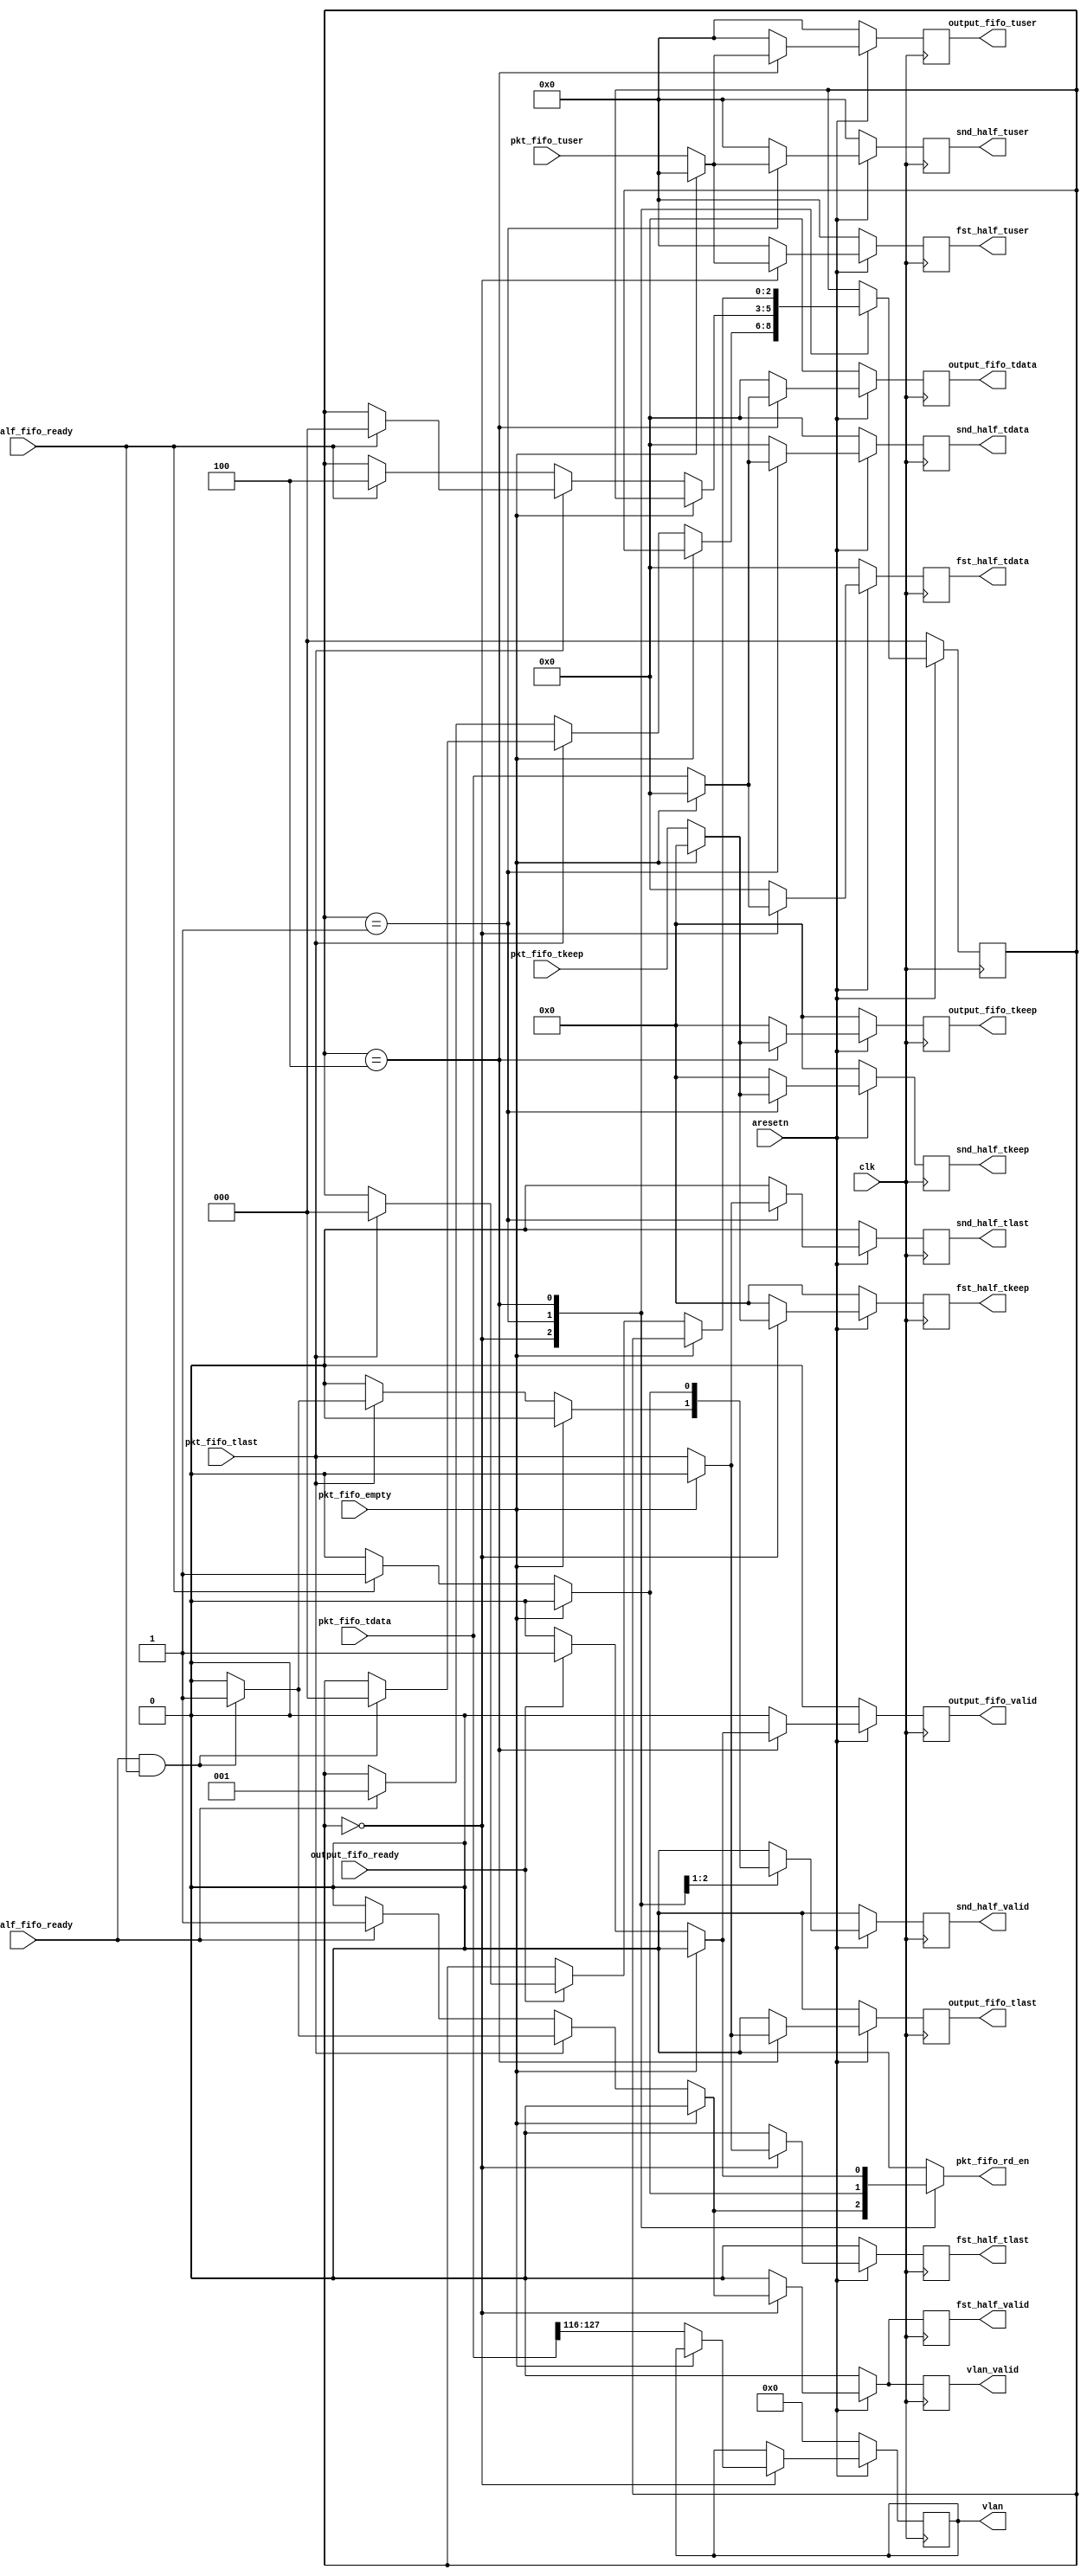
`timescale 1ns / 1ps


module depar_wait_segs #(
	parameter C_AXIS_DATA_WIDTH = 512,
	parameter C_AXIS_TUSER_WIDTH = 128
)
(
	input									clk,
	input									aresetn,

	// input from pkt fifo
	input [C_AXIS_DATA_WIDTH-1:0]						pkt_fifo_tdata,
	input [C_AXIS_TUSER_WIDTH-1:0]						pkt_fifo_tuser,
	input [C_AXIS_DATA_WIDTH/8-1:0]						pkt_fifo_tkeep,
	input												pkt_fifo_tlast,

	input												pkt_fifo_empty,
	input												fst_half_fifo_ready,
	input												snd_half_fifo_ready,

	// output
	output reg											pkt_fifo_rd_en,

	output reg [11:0]									vlan,
	output reg											vlan_valid,
	
	output reg [C_AXIS_DATA_WIDTH-1:0]					fst_half_tdata,
	output reg [C_AXIS_TUSER_WIDTH-1:0]					fst_half_tuser,
	output reg [C_AXIS_DATA_WIDTH/8-1:0]				fst_half_tkeep,
	output reg											fst_half_tlast,
	output reg											fst_half_valid,

	output reg [C_AXIS_DATA_WIDTH-1:0]					snd_half_tdata,
	output reg [C_AXIS_TUSER_WIDTH-1:0]					snd_half_tuser,
	output reg [C_AXIS_DATA_WIDTH/8-1:0]				snd_half_tkeep,
	output reg											snd_half_tlast,
	output reg											snd_half_valid,

	// output remaining segs to FIFO
	output reg [C_AXIS_DATA_WIDTH-1:0]					output_fifo_tdata,
	output reg [C_AXIS_TUSER_WIDTH-1:0]					output_fifo_tuser,
	output reg [C_AXIS_DATA_WIDTH/8-1:0]				output_fifo_tkeep,
	output reg											output_fifo_tlast,
	output reg											output_fifo_valid,
	input												output_fifo_ready
);


localparam	WAIT_FIRST_SEG=0,
			WAIT_SECOND_SEG=1,
			EMPTY_1=2,
			EMPTY_2=3,
			FLUSH_SEG=4;

reg [C_AXIS_DATA_WIDTH-1:0]					output_fifo_tdata_next;
reg [C_AXIS_TUSER_WIDTH-1:0]				output_fifo_tuser_next;
reg [C_AXIS_DATA_WIDTH/8-1:0]				output_fifo_tkeep_next;
reg											output_fifo_tlast_next;
reg											output_fifo_valid_next;

reg [C_AXIS_DATA_WIDTH-1:0]		fst_half_tdata_next, snd_half_tdata_next;
reg [C_AXIS_TUSER_WIDTH-1:0]	fst_half_tuser_next, snd_half_tuser_next;
reg [C_AXIS_DATA_WIDTH/8-1:0]	fst_half_tkeep_next, snd_half_tkeep_next;
reg								fst_half_tlast_next, snd_half_tlast_next;

reg								fst_half_valid_next, snd_half_valid_next;
reg vlan_valid_next;
reg [11:0] vlan_next;

reg [2:0] state, state_next;

// we delay the processing of PHV to the next module
always @(*) begin

	state_next = state;

	pkt_fifo_rd_en = 0;

	fst_half_tdata_next = 0;
	fst_half_tuser_next = 0;
	fst_half_tkeep_next = 0;
	fst_half_tlast_next = 0;

	snd_half_tdata_next = 0;
	snd_half_tuser_next = 0;
	snd_half_tkeep_next = 0;
	snd_half_tlast_next = 0;

	fst_half_valid_next = 0;
	snd_half_valid_next = 0;
	vlan_valid_next = 0;
	vlan_next = vlan;

	// output remaining segs
	output_fifo_tdata_next = 0;
	output_fifo_tuser_next = 0;
	output_fifo_tkeep_next = 0;
	output_fifo_tlast_next = 0;
	output_fifo_valid_next = 0;

	case (state)
		WAIT_FIRST_SEG: begin
			if (!pkt_fifo_empty) begin
				fst_half_tdata_next = pkt_fifo_tdata;
				fst_half_tuser_next = pkt_fifo_tuser;
				fst_half_tkeep_next = pkt_fifo_tkeep;
				fst_half_tlast_next = pkt_fifo_tlast;

				vlan_next = pkt_fifo_tdata[116+:12];

				if (pkt_fifo_tlast) begin
					if (fst_half_fifo_ready && snd_half_fifo_ready) begin
						pkt_fifo_rd_en = 1;
						fst_half_valid_next = 1;
						snd_half_valid_next = 1;
						vlan_valid_next = 1;
						state_next = WAIT_FIRST_SEG;
					end
				end
				else begin
					if (fst_half_fifo_ready) begin
						pkt_fifo_rd_en = 1;
						fst_half_valid_next = 1;
						vlan_valid_next = 1;
						state_next = WAIT_SECOND_SEG;
					end
				end
			end
		end
		WAIT_SECOND_SEG: begin
			if (!pkt_fifo_empty) begin
				snd_half_tdata_next = pkt_fifo_tdata;
				snd_half_tuser_next = pkt_fifo_tuser;
				snd_half_tkeep_next = pkt_fifo_tkeep;
				snd_half_tlast_next = pkt_fifo_tlast;


				if (pkt_fifo_tlast) begin
					if (snd_half_fifo_ready) begin
						pkt_fifo_rd_en = 1;
						snd_half_valid_next = 1;
						state_next = WAIT_FIRST_SEG;
					end
				end
				else begin
					if (snd_half_fifo_ready) begin
						pkt_fifo_rd_en = 1;
						snd_half_valid_next = 1;
						state_next = FLUSH_SEG;
					end
				end
			end
		end
		FLUSH_SEG: begin
			if (!pkt_fifo_empty) begin
				output_fifo_tdata_next = pkt_fifo_tdata;
				output_fifo_tuser_next = pkt_fifo_tuser;
				output_fifo_tkeep_next = pkt_fifo_tkeep;
				output_fifo_tlast_next = pkt_fifo_tlast;

				if (output_fifo_ready) begin
					output_fifo_valid_next = 1;
					pkt_fifo_rd_en = 1;
					if (pkt_fifo_tlast) begin
						state_next = WAIT_FIRST_SEG;
					end
				end
			end
		end
	endcase
end


always @(posedge clk) begin
	if (~aresetn) begin
		state <= WAIT_FIRST_SEG;

		fst_half_tdata <= 0;
		fst_half_tuser <= 0;
		fst_half_tkeep <= 0;
		fst_half_tlast <= 0;

		snd_half_tdata <= 0;
		snd_half_tuser <= 0;
		snd_half_tkeep <= 0;
		snd_half_tlast <= 0;

		fst_half_valid <= 0;
		snd_half_valid <= 0;
		vlan_valid <= 0;
		vlan <= 0;
		//
		output_fifo_tdata <= 0;
		output_fifo_tuser <= 0;
		output_fifo_tkeep <= 0;
		output_fifo_tlast <= 0;
		output_fifo_valid <= 0;
	end
	else begin
		state <= state_next;

		fst_half_tdata <= fst_half_tdata_next;
		fst_half_tuser <= fst_half_tuser_next;
		fst_half_tkeep <= fst_half_tkeep_next;
		fst_half_tlast <= fst_half_tlast_next;

		snd_half_tdata <= snd_half_tdata_next;
		snd_half_tuser <= snd_half_tuser_next;
		snd_half_tkeep <= snd_half_tkeep_next;
		snd_half_tlast <= snd_half_tlast_next;

		fst_half_valid <= fst_half_valid_next;
		snd_half_valid <= snd_half_valid_next;
		vlan_valid <= vlan_valid_next;
		vlan <= vlan_next;
		//
		output_fifo_tdata <= output_fifo_tdata_next;
		output_fifo_tuser <= output_fifo_tuser_next;
		output_fifo_tkeep <= output_fifo_tkeep_next;
		output_fifo_tlast <= output_fifo_tlast_next;
		output_fifo_valid <= output_fifo_valid_next;
	end
end

endmodule